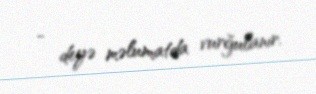
- deyə məlumatda vurğulanır.